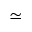
\simeq